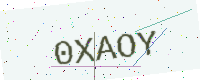
Text: 0XAOY